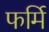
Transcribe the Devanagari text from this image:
फर्मि